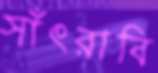
সাঁৎরাবি